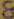
&